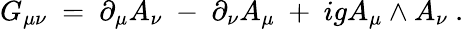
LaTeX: G_{\mu\nu}~=~\partial_{\mu}A_{\nu}~-~\partial_{\nu}A_{\mu}~+~igA_{\mu}\wedge A_{\nu}~.